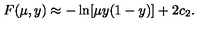
F ( \mu , y ) \approx - \ln [ \mu y ( 1 - y ) ] + 2 c _ { 2 } .